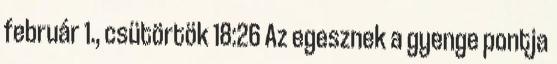
február 1., csütörtök 18:26 Az egesznek a gyenge pontja